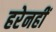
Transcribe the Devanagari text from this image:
हरेनहीं